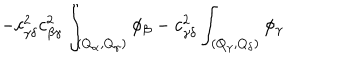
- c _ { \gamma \delta } ^ { 2 } c _ { \beta \gamma } ^ { 2 } \int _ { ( Q _ { \alpha } , Q _ { \gamma } ) } \phi _ { \beta } - c _ { \gamma \delta } ^ { 2 } \int _ { ( Q _ { \gamma } , Q _ { \delta } ) } \phi _ { \gamma }